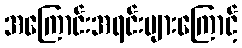
အကြောင်းအရင်းများကြောင့်